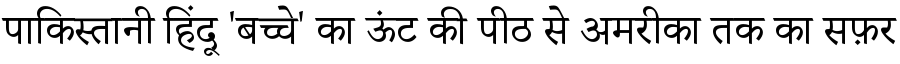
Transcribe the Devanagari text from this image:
पाकिस्तानी हिंदू 'बच्चे' का ऊंट की पीठ से अमरीका तक का सफ़र